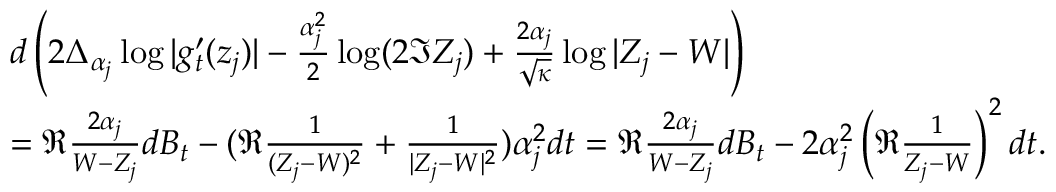
\begin{array} { r l } & { d \left( 2 \Delta _ { \alpha _ { j } } \log | g _ { t } ^ { \prime } ( z _ { j } ) | - \frac { \alpha _ { j } ^ { 2 } } 2 \log ( 2 \Im Z _ { j } ) + \frac { 2 \alpha _ { j } } { \sqrt \kappa } \log | Z _ { j } - W | \right) } \\ & { = \Re \frac { 2 \alpha _ { j } } { W - Z _ { j } } d B _ { t } - ( \Re \frac { 1 } { ( Z _ { j } - W ) ^ { 2 } } + \frac { 1 } { | Z _ { j } - W | ^ { 2 } } ) \alpha _ { j } ^ { 2 } d t = \Re \frac { 2 \alpha _ { j } } { W - Z _ { j } } d B _ { t } - 2 \alpha _ { j } ^ { 2 } \left( \Re \frac 1 { Z _ { j } - W } \right) ^ { 2 } d t . } \end{array}